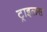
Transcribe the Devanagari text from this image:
ट्राइलस